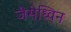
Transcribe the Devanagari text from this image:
जैसेध्विन